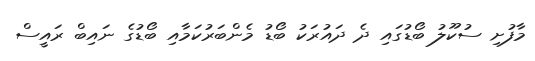
މާފުށި ސުކޫލު ބޯޑުގައި ދެ ދައުރަކު ބޯޑު މެންބަރުކަމާއި ބޯޑުގެ ނައިބް ރައީސް